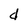
Character: d